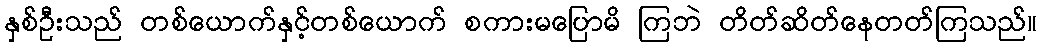
နှစ်ဦးသည် တစ်ယောက်နှင့်တစ်ယောက် စကားမပြောမိ ကြဘဲ တိတ်ဆိတ်နေတတ်ကြသည်။